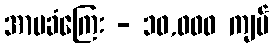
အာမခံကြေး - ၁၀,၀၀၀ ကျပ်